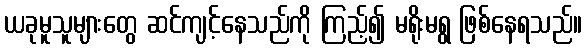
ယခုမူသူများတွေ ဆင်ကျင့်နေသည်ကို ကြည့်၍ မရိုးမရွ ဖြစ်နေရသည်။